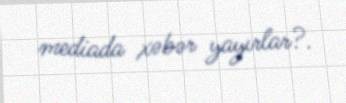
mediada xəbər yayırlar?.